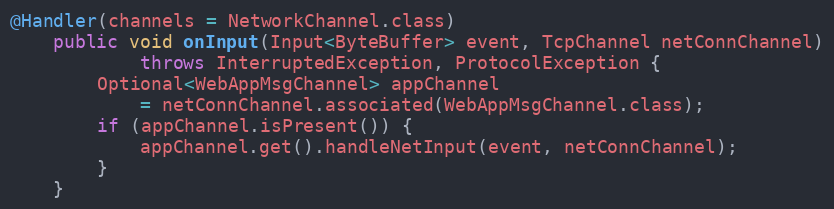
Language: Java
@Handler(channels = NetworkChannel.class)
    public void onInput(Input<ByteBuffer> event, TcpChannel netConnChannel)
            throws InterruptedException, ProtocolException {
        Optional<WebAppMsgChannel> appChannel
            = netConnChannel.associated(WebAppMsgChannel.class);
        if (appChannel.isPresent()) {
            appChannel.get().handleNetInput(event, netConnChannel);
        }
    }